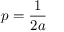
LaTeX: p = { \frac { 1 } { 2 a } }